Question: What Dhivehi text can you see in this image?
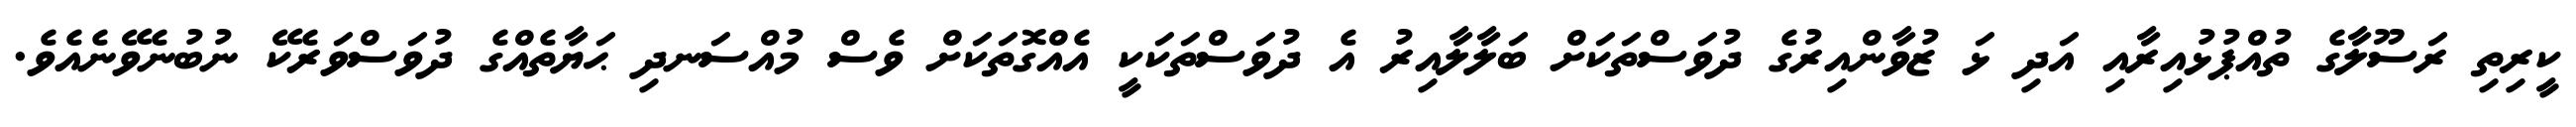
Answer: ކީރިތި ރަސޫލާގެ ތުއްޕުޅުއިރާއި އަދި ޅަ ޒުވާންއިރުގެ ދުވަސްތަކަށް ބަލާލާއިރު އެ ދުވަސްތަކަކީ އެއްގޮތަކަށް ވެސް މުއްސަނދި ޙަޔާތެއްގެ ދުވަސްވަރެކޭ ނުބުނެވޭނެއެވެ.